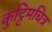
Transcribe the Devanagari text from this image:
कुट्टिमचित्र